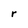
Character: r